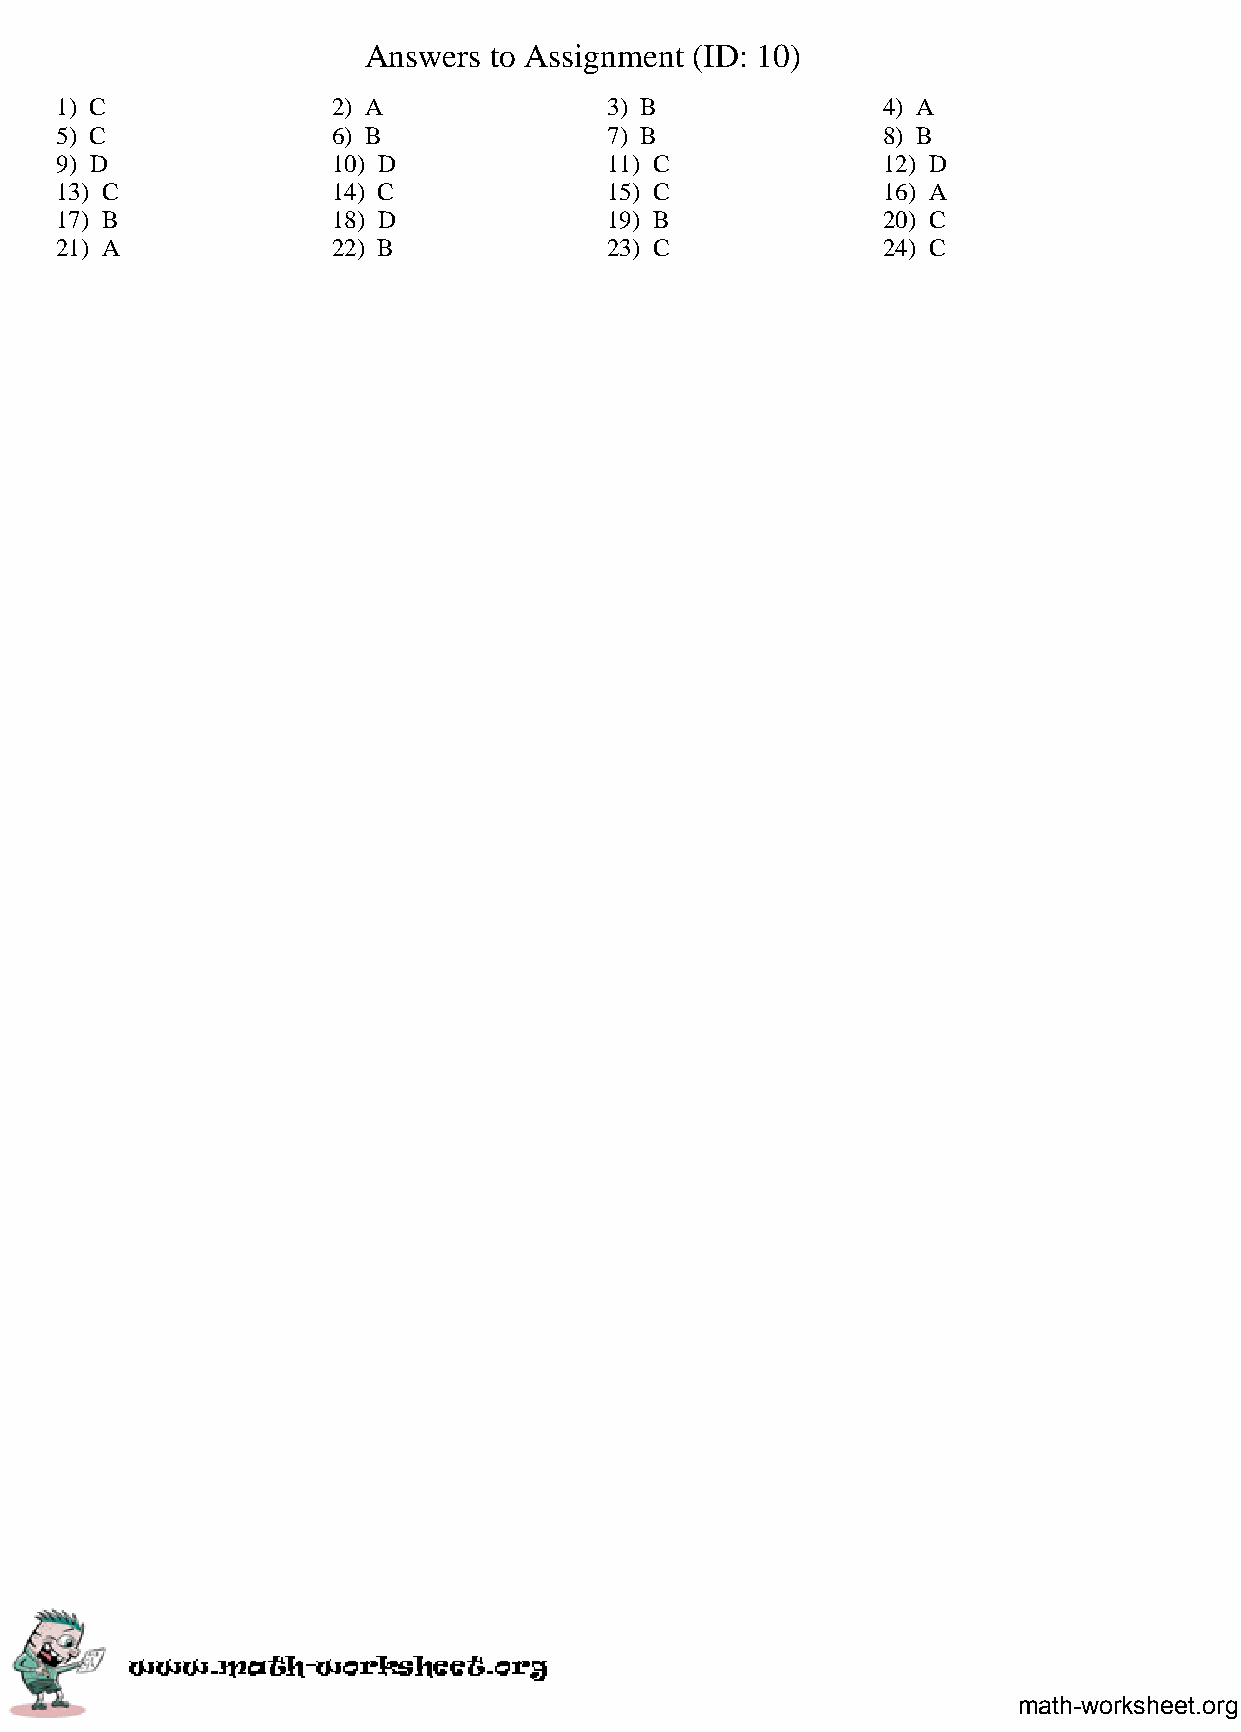
Answers to Assignment (ID: 10)
 1) C              2) A              3) B              4) A
 5) C              6) B              7) B              8) B
 9) D              10) D             11) C             12) D
 13) C             14) C             15) C             16) A
 17) B             18) D             19) B             20) C
 21) A             22) B             23) C             24) C
 math-worksheet.org